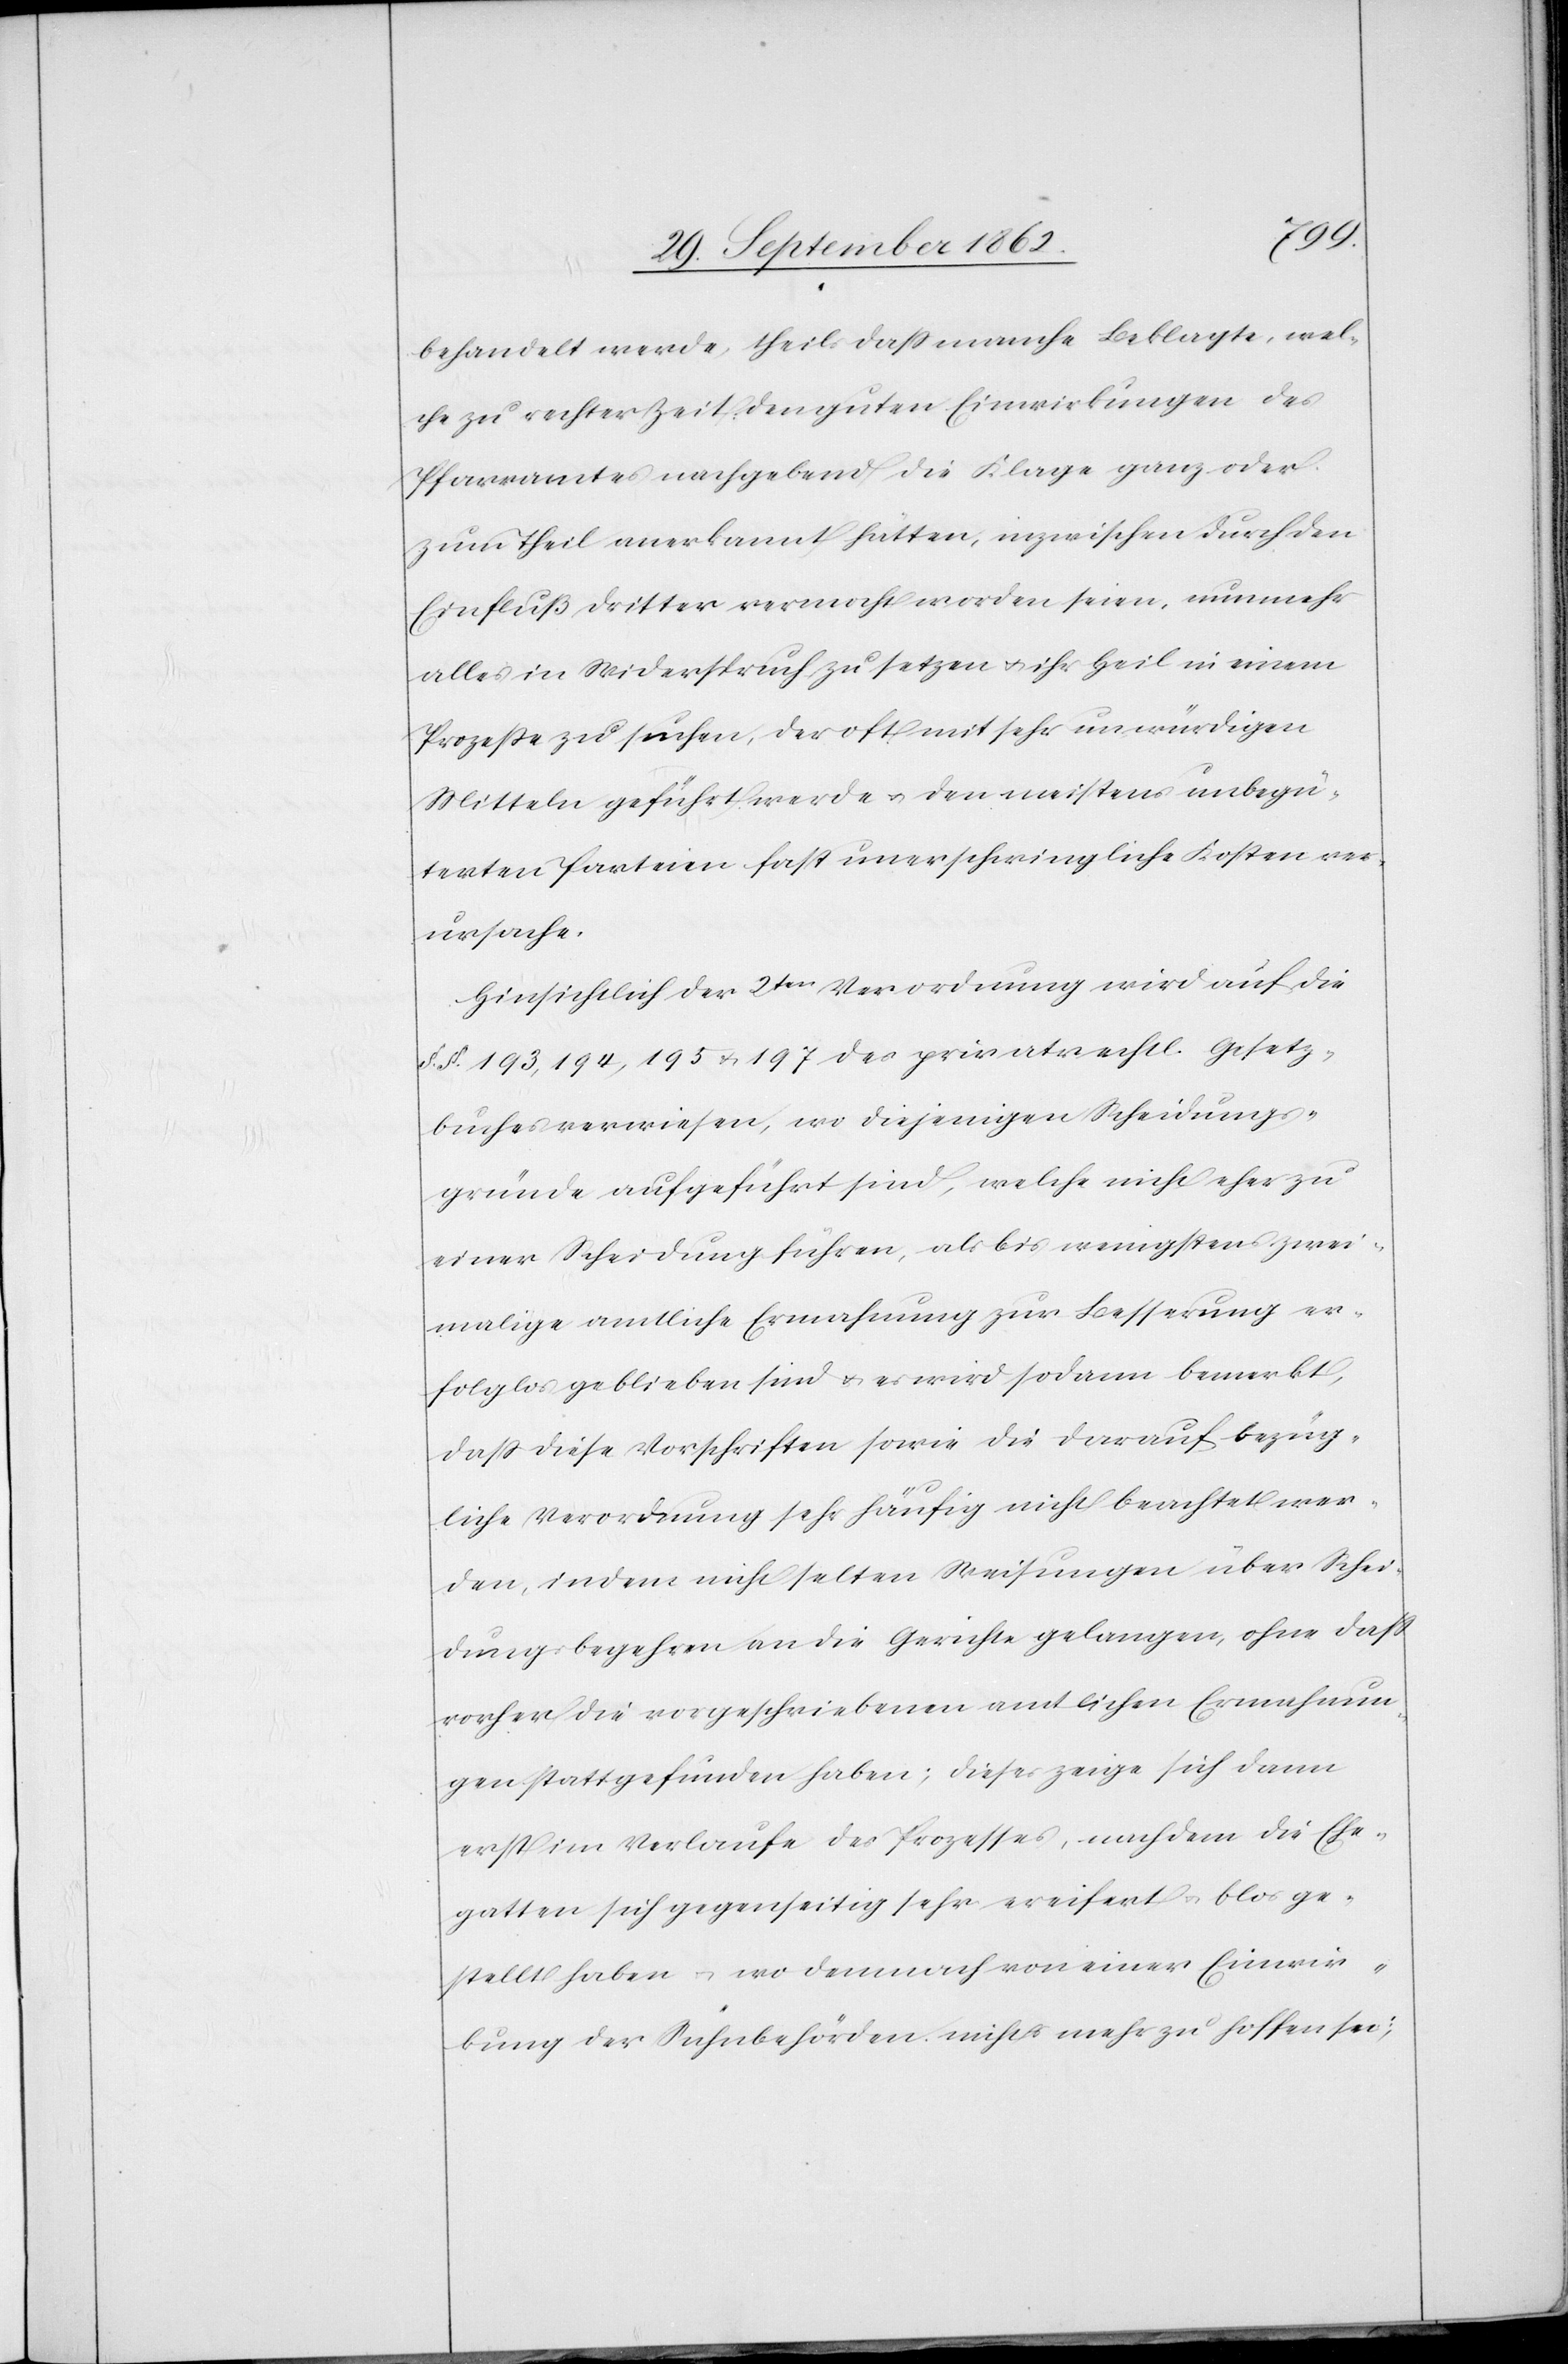
behandelt werde, theils daß manche Beklagte, wel¬
che zu rechter Zeit den guten Einwirkungen des
Pfarramtes nachgebend die Klage ganz oder
zum Theil anerkannt hätte, inzwischen durch den
Einfluß dritter vermocht worden seien, nunmehr
alles in Widerspruch zu setzen u. ihr Heil in einem
Prozeße zu suchen, der oft mit sehr unwürdigen
Mitteln geführt werde u. den meistens unbegrün¬
deten Parteien fast unerschwingliche Kosten ver¬
ursache.
Hinsichtlich der 2ten Verordnung wird auf die
§.§. 193, 194, 195 u. 197 des privatrechtl. Gesetz¬
buches verwiesen, wo diejenigen Scheidungs¬
gründe aufgeführt sind, welche nicht eher zu
einer Scheidung führen, als bis wenigstens zwei¬
malige amtliche Ermahnung zur Besserung er¬
folglos geblieben sind u. es wird sodann bemerkt,
daß diese Vorschriften sowie die darauf bezüg¬
liche Verordnung sehr häufig nicht beachtet wer¬
den, indem nicht selten Weisungen über Schei¬
dungsbegehren an die Gerichte gelangen, ohne daß
vorher die vorgeschriebenen amtlichen Ermahnun¬
gen stattgefunden haben; dieses zeige sich dann
erst im Verlaufe des Prozesses, nachdem die Ehe¬
gatten sich gegenseitig sehr ereifert u. blos ge¬
stellt haben u. wo demnach von einer Einwir¬
kung der Sühnebehörden nichts mehr zu hoffen sei;